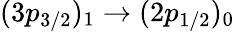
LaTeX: (3p_{3/2})_{1}\rightarrow(2p_{1/2})_{0}